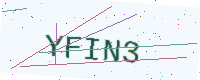
Text: YFIN3